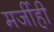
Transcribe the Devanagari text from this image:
मर्जीही